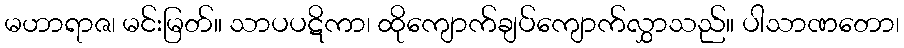
မဟာရာဇ၊ မင်းမြတ်။ သာပပဋိကာ၊ ထိုကျောက်ချပ်ကျောက်လွှာသည်။ ပါသာဏတော၊